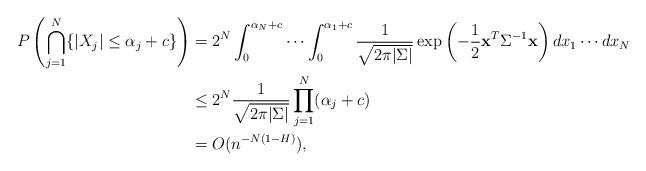
LaTeX: \begin{align*}\begin{aligned}P\left(\bigcap_{j=1}^{N}\{|X_{j}|\leq\alpha_{j}+c\}\right) & =2^{N}\int_{0}^{\alpha_{N}+c}\cdots\int_{0}^{\alpha_{1}+c}\frac{1}{\sqrt{2\pi|\Sigma|}}\exp\left(-\frac{1}{2}\bold{x}^{T}\Sigma^{-1}\bold{x}\right)dx_{1}\cdots dx_{N}\\ & \leq2^{N}\frac{1}{\sqrt{2\pi|\Sigma|}}\prod_{j=1}^{N}(\alpha_{j}+c)\\ & =O(n^{-N(1-H)}),\end{aligned}\end{align*}